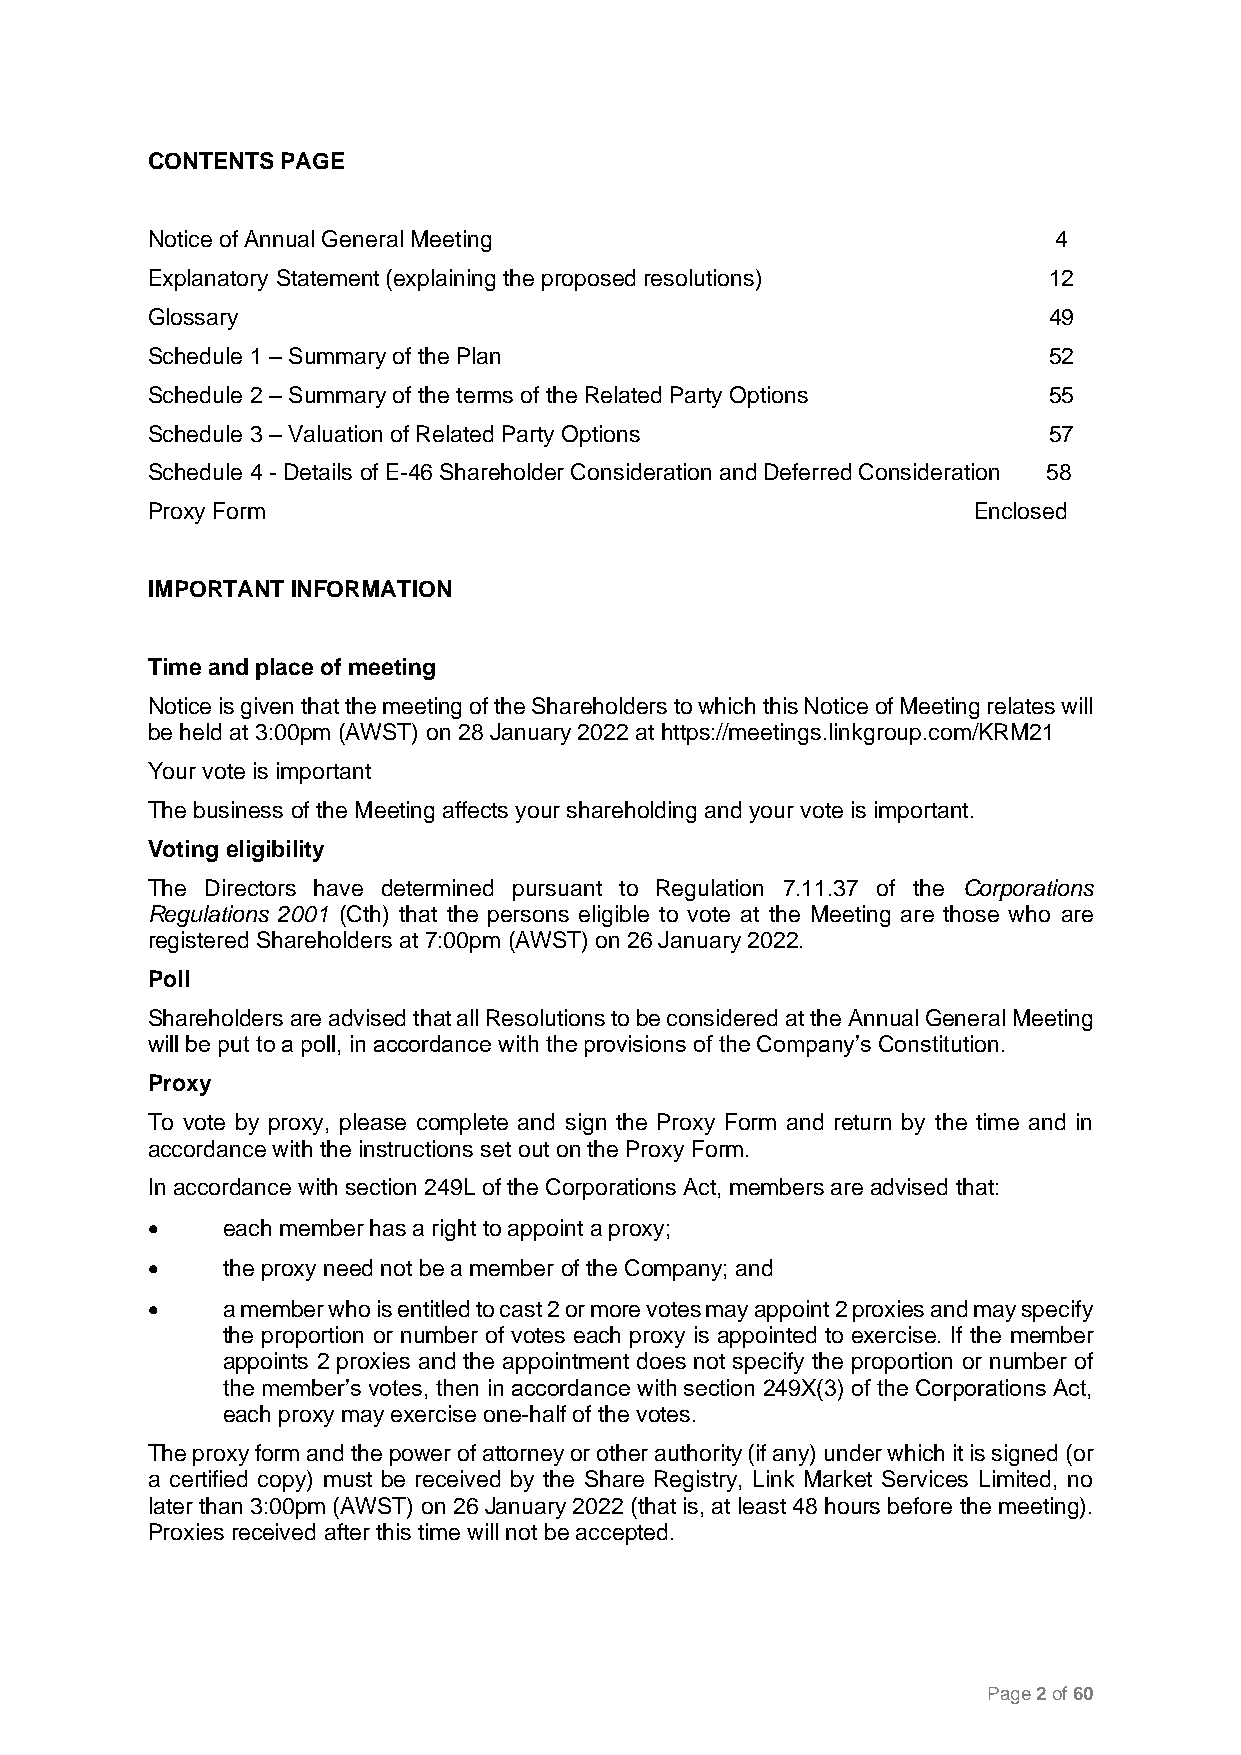
CONTENTS PAGE
 Notice of Annual General Meeting                            4
 Explanatory Statement (explaining the proposed resolutions) 12
 Glossary                                                   49
 Schedule 1 – Summary of the Plan                           52
 Schedule 2 – Summary of the terms of the Related Party Options 55
 Schedule 3 – Valuation of Related Party Options            57
 Schedule 4 - Details of E-46 Shareholder Consideration and Deferred Consideration 58
 Proxy Form                                            Enclosed
 IMPORTANT INFORMATION
 Time and place of meeting
 Notice is given that the meeting of the Shareholders to which this Notice of Meeting relates will
 be held at 3:00pm (AWST) on 28 January 2022 at https://meetings.linkgroup.com/KRM21
 Your vote is important
 The business of the Meeting affects your shareholding and your vote is important.
 Voting eligibility
 The Directors have determined pursuant to Regulation 7.11.37 of the Corporations
 Regulations 2001 (Cth) that the persons eligible to vote at the Meeting are those who are
 registered Shareholders at 7:00pm (AWST) on 26 January 2022.
 Poll
 Shareholders are advised that all Resolutions to be considered at the Annual General Meeting
 will be put to a poll, in accordance with the provisions of the Company’s Constitution.
 Proxy
 To vote by proxy, please complete and sign the Proxy Form and return by the time and in
 accordance with the instructions set out on the Proxy Form.
 In accordance with section 249L of the Corporations Act, members are advised that:
 •    each member has a right to appoint a proxy;
 •    the proxy need not be a member of the Company; and
 •    a member who is entitled to cast 2 or more votes may appoint 2 proxies and may specify
 the proportion or number of votes each proxy is appointed to exercise. If the member
 appoints 2 proxies and the appointment does not specify the proportion or number of
 the member’s votes, then in accordance with section 249X(3) of the Corporations Act,
 each proxy may exercise one-half of the votes.
 The proxy form and the power of attorney or other authority (if any) under which it is signed (or
 a certified copy) must be received by the Share Registry, Link Market Services Limited, no
 later than 3:00pm (AWST) on 26 January 2022 (that is, at least 48 hours before the meeting).
 Proxies received after this time will not be accepted.
 Page 2 of 60